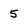
Character: 5